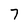
Character: 7